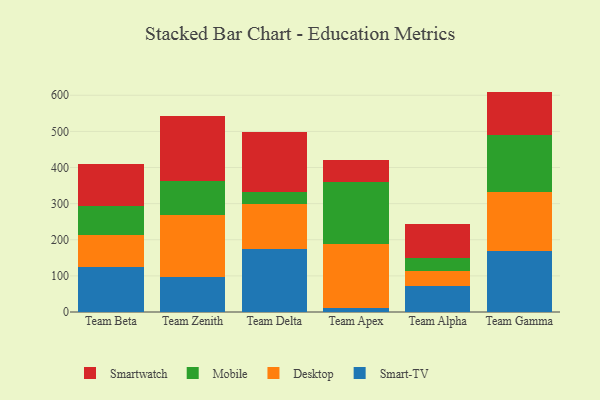
{"axis": {"x": "Team", "y": "Customer Acquisition Cost (USD)"}, "legend": ["Desktop", "Mobile", "Smart-TV", "Smartwatch"], "data": [{"x": "Team Beta", "y": 124.8, "type": "Smart-TV"}, {"x": "Team Beta", "y": 87.8, "type": "Desktop"}, {"x": "Team Beta", "y": 81.6, "type": "Mobile"}, {"x": "Team Beta", "y": 115.7, "type": "Smartwatch"}, {"x": "Team Zenith", "y": 95.6, "type": "Smart-TV"}, {"x": "Team Zenith", "y": 173.4, "type": "Desktop"}, {"x": "Team Zenith", "y": 94.8, "type": "Mobile"}, {"x": "Team Zenith", "y": 178.3, "type": "Smartwatch"}, {"x": "Team Delta", "y": 173.8, "type": "Smart-TV"}, {"x": "Team Delta", "y": 124.5, "type": "Desktop"}, {"x": "Team Delta", "y": 34.6, "type": "Mobile"}, {"x": "Team Delta", "y": 166.3, "type": "Smartwatch"}, {"x": "Team Apex", "y": 9.8, "type": "Smart-TV"}, {"x": "Team Apex", "y": 178.1, "type": "Desktop"}, {"x": "Team Apex", "y": 170.7, "type": "Mobile"}, {"x": "Team Apex", "y": 61.7, "type": "Smartwatch"}, {"x": "Team Alpha", "y": 71.4, "type": "Smart-TV"}, {"x": "Team Alpha", "y": 42.4, "type": "Desktop"}, {"x": "Team Alpha", "y": 34.8, "type": "Mobile"}, {"x": "Team Alpha", "y": 95.3, "type": "Smartwatch"}, {"x": "Team Gamma", "y": 170.2, "type": "Smart-TV"}, {"x": "Team Gamma", "y": 162.0, "type": "Desktop"}, {"x": "Team Gamma", "y": 157.5, "type": "Mobile"}, {"x": "Team Gamma", "y": 120.5, "type": "Smartwatch"}]}